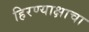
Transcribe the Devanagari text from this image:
हिरण्याक्षाचा